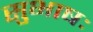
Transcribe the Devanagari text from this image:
सुभाषः